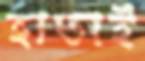
হাতাই